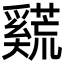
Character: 𪥣